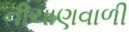
નીચાણવાળી